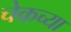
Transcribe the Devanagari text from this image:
चेकच्या